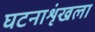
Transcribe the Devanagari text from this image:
घटनाशृंखला